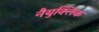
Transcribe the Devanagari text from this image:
नैयुक्लिक